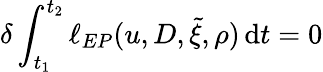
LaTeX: \delta\int_{t_{1}}^{t_{2}}\ell_{EP}(u,D,\tilde{\xi},\rho)\, {\mathrm{d}}t=0